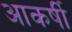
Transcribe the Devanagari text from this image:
आकर्षी